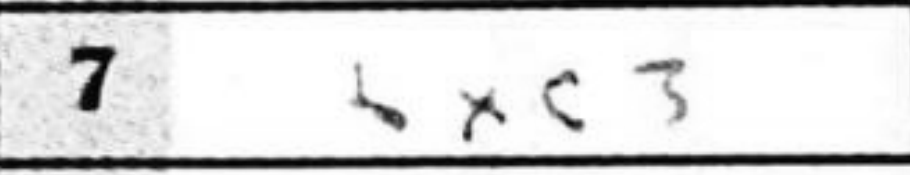
Transcription: Bxc3